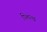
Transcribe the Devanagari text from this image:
प्लिन्थ